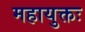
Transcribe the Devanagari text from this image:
महायुक्तः